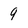
Character: 9